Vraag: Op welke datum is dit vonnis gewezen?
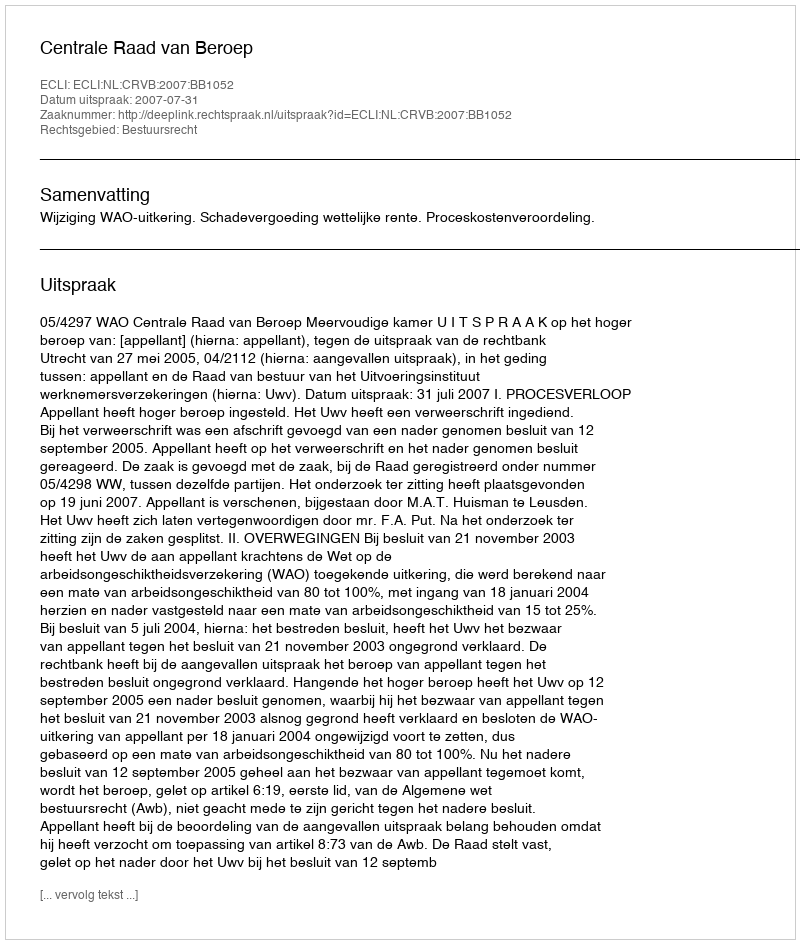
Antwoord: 2007-07-31